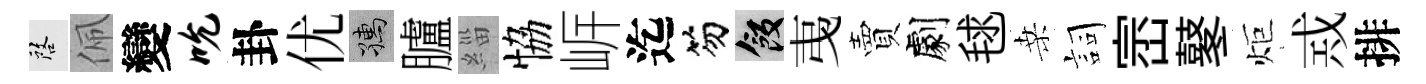
啓佩變吮卦优孺臚緇恊㟁迄笏飯𢎯賣劇毬桑詞崈鼕炬𢦶排